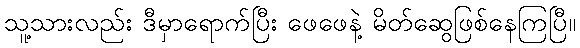
သူ့သားလည်း ဒီမှာရောက်ပြီး ဖေဖေနဲ့ မိတ်ဆွေဖြစ်နေကြပြီ။